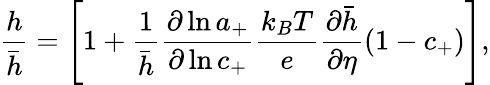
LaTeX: \frac{h}{\bar{h}}=\left[1+\frac{1}{\bar{h}}\frac{\partial\ln{a_{+}}}{\partial\ln{c_{+}}}\frac{k_{B}T}{e}\frac{\partial\bar{h}}{\partial\eta}(1-c_{+})\right],